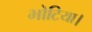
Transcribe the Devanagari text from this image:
भोटिया।